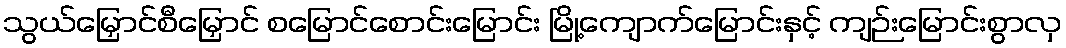
သွယ်မြှောင်စီမြှောင် စမြောင်စောင်းမြောင်း မြို့ကျောက်မြောင်းနှင့် ကျဉ်းမြောင်းစွာလှ